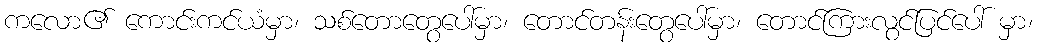
ကလော၏ ကောင်းကင်ယံမှာ၊ သစ်တောတွေပေါ်မှာ၊ တောင်တန်းတွေပေါ်မှာ၊ တောင်ကြားလွင်ပြင်ပေါ် မှာ၊